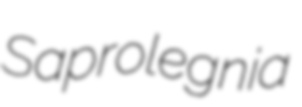
Saprolegnia